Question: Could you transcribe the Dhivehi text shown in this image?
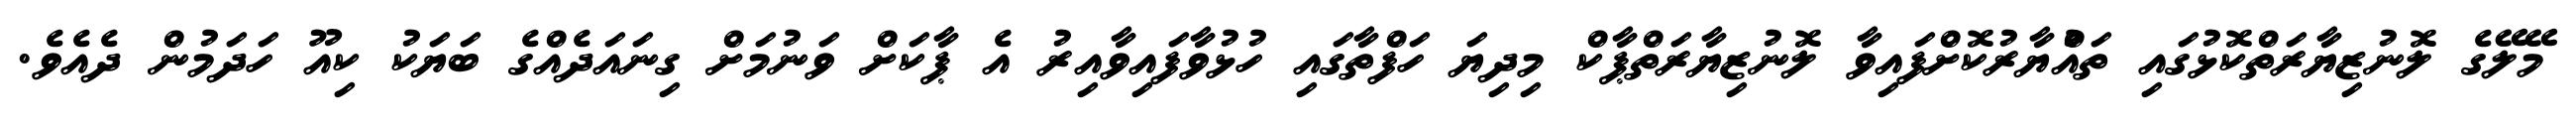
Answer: މޭލޭގެ ލޮނުޒިޔާރަތްކޮޅުގައި ތައްުޔާރުކޮށްފައިވާ ލޮނުޒިޔާރަތްޕާކް މިދިޔަ ހަފްތާގައި ހުޅުވާފައިވާއިރު އެ ޕާކަށް ވަނުމަށް ގިނައަދެއްގެ ބަޔަކު ކިއޫ ހަދަމުން ދެއެވެ.